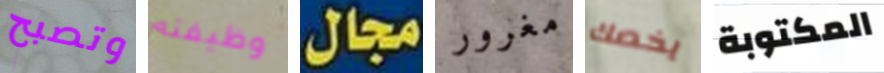
وتصبح وظيفته مجال مغرور يخصك المكتوبة